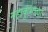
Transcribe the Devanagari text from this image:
महाकुंभच्या